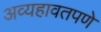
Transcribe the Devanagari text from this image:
अव्यहावतपणे